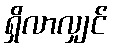
ရှိလာလျှင်